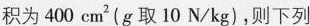
积为400cm^{2}(g取10N/kg)，则下列